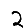
Digit: 2